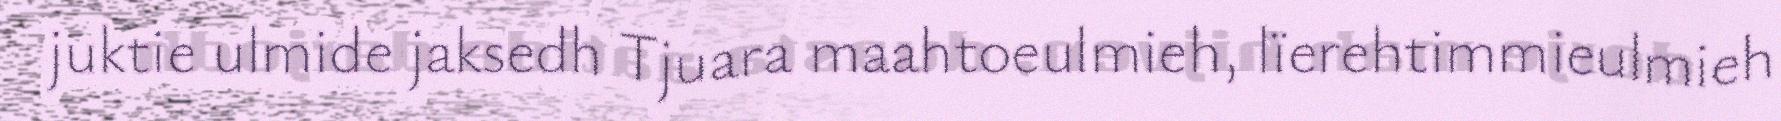
juktie ulmide jaksedh Tjuara maahtoeulmieh, lïerehtimmieulmieh